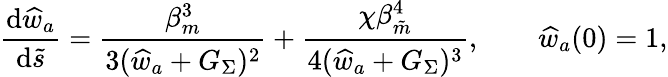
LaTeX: \frac{\mathrm{d}\widehat{w}_{a}}{\mathrm{d}\tilde{s}}=\frac{\beta_{m}^{3}}{3(\widehat{w}_{a}+G_{\Sigma})^{2}}+\frac{\chi\beta_{\tilde{m}}^{4}}{4(\widehat{w}_{a}+G_{\Sigma})^{3}},\qquad\widehat{w}_{a}(0)=1,